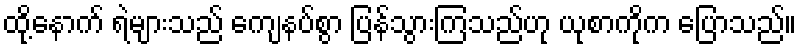
ထို့နောက် ရဲများသည် ကျေနပ်စွာ ပြန်သွားကြသည်ဟု ယုစာကိုက ပြောသည်။